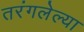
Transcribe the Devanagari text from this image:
तरंगलेल्या